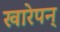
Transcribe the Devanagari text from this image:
खारेपन्